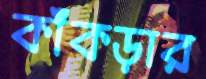
কাঁকড়ার